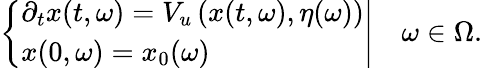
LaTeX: \left\{ \begin{array}{l}{\partial_{t}x(t,\omega)=V_{u}\left(x(t,\omega),\eta(\omega)\right)}\\ {x(0,\omega)=x_{0}(\omega)}\end{array}\right|\quad\omega\in\Omega.